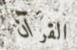
القرآن